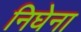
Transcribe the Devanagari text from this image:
निघेना